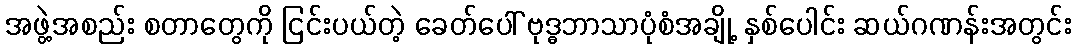
အဖွဲ့အစည်း စတာတွေကို ငြင်းပယ်တဲ့ ခေတ်ပေါ် ဗုဒ္ဓဘာသာပုံစံအချို့ နှစ်ပေါင်း ဆယ်ဂဏန်းအတွင်း